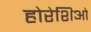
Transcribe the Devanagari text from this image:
होरेशिओ